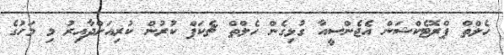
ހެލްތް ޕްރޮޓެކްޝަން އެޖެންސީއާ ގުޅިގެން ހެލްތް ޗެކަޕް ކުރުން ކުރިއަށްދާއިރު މި މަހުގެ